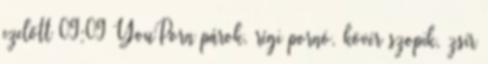
ezelőtt 09:09 YouPorn párok, régi pornó, kövér szopik, zsír